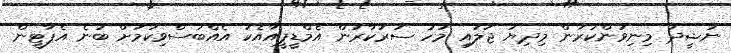
ނަޝީދު މިނިވަންކުރަން މިދިޔަ ޖުލައި މަހު ސަރުކާރުން އެމްޑީޕީއާއެކު އެއްބަސްވިކަމަށް ބުނެ އެޕާޓީން